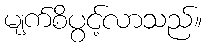
မျက်စိပွင့်လာသည်။